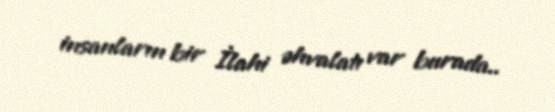
insanların bir İlahi əhvalatı var burada..